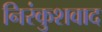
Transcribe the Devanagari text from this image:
निरंकुशवाद